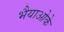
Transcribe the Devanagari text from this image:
भैयाओके